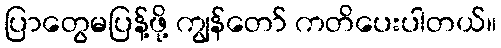
ပြာတွေမပြန့်ဖို့ ကျွန်တော် ကတိပေးပါတယ်။